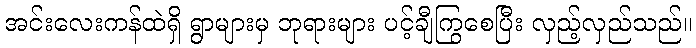
အင်းလေးကန်ထဲရှိ ရွာများမှ ဘုရားများ ပင့်ချီကြွစေပြီး လှည့်လှည်သည်။